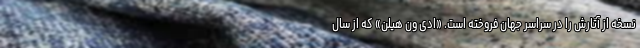
نسخه از آثارش را در سراسر جهان فروخته است. «ادی ون هیلن» که از سال